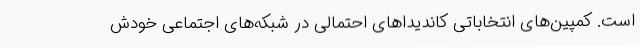
است. کمپین‌های انتخاباتی کاندیداهای احتمالی در شبکه‌های اجتماعی خودش